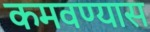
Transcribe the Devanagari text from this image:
कमवण्यास